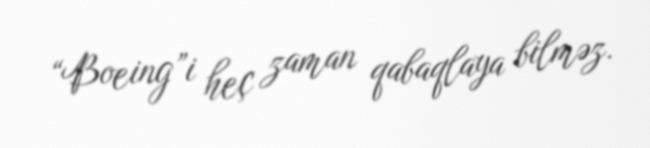
“Boeing”i heç zaman qabaqlaya bilməz.